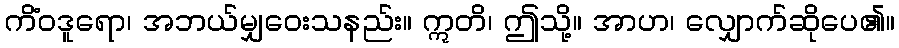
ကိံဝဒူရော၊ အဘယ်မျှဝေးသနည်း။ ဣတိ၊ ဤသို့။ အာဟ၊ လျှောက်ဆိုပေ၏။